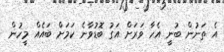
އެ ތަނުން ބުނީ އެހާ ވަރަށް އަގު ބޮޑުވާނެ ކަމަށް ބައެއް މީހުން